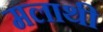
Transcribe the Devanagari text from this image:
मलाथी